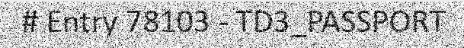
# Entry 78103 - TD3_PASSPORT